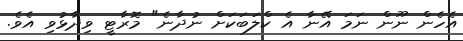
އެހެން ނޫން ނަމަ އޭނާ އެ ކްލަބަކަށް ނުދާނެ" މޮރާޓީ ވިދާޅުވި އެވެ.